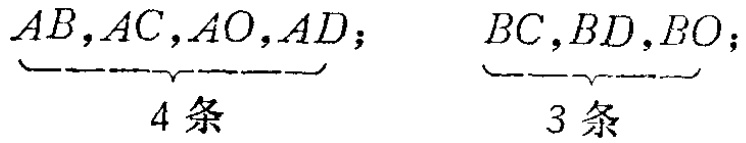
\[\underbrace{AB,AC,AO,AD}_{4条};\quad \underbrace{BC,BD,BO}_{3条}\]